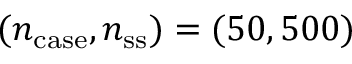
( n _ { \mathrm { c a s e } } , n _ { \mathrm { s s } } ) = ( 5 0 , 5 0 0 )